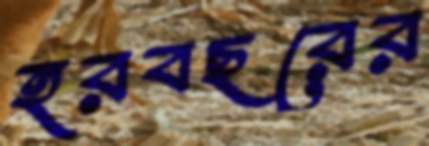
হরবছরের